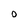
Character: O